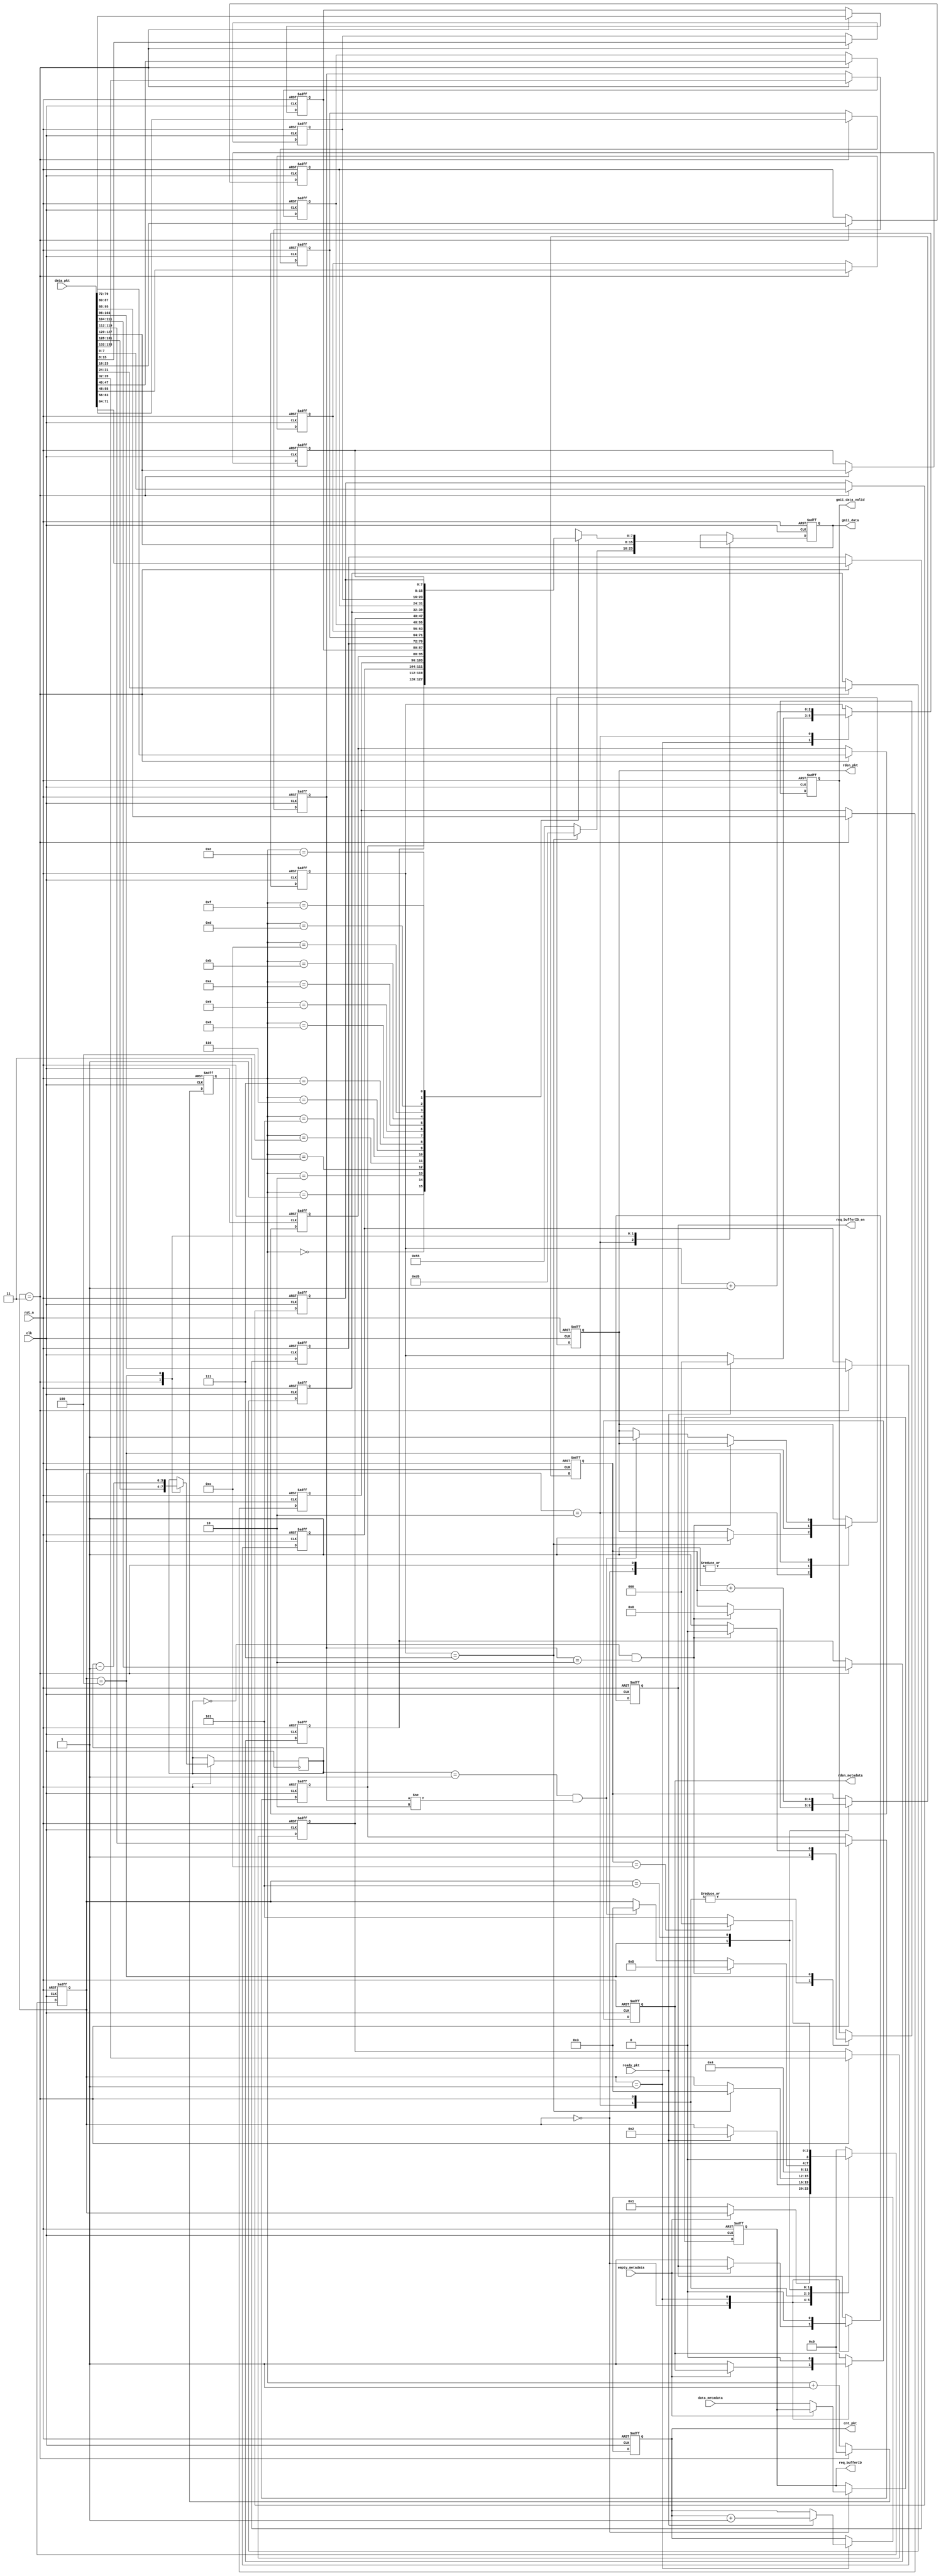
/*
 *  picoTSN_hardware -- Hardware for TSN.
 *
 *  Copyright (C) 2021-2021 Junnan Li <lijunnan@nudt.edu.cn>.
 *  Copyright and related rights are licensed under the MIT license.
 *
 *  Data: 2021.07.26
 *  Description: Divide 134b pkt into sixteen 8b gmii data.
 *  Noted:
 *    1) 134b pkt data definition: 
 *      [133:132] head tag, 2'b01 is head, 2'b10 is tail;
 *      [131:128] valid tag, 4'b1111 means sixteen 8b data is valid;
 *      [127:0]   pkt data, invalid part is padded with 0;
 *    2) req_bufferID_en & rden_pkt & ready_pkt is valid during one cycle;
 */

`timescale 1ns / 1ps

module pkt_134b_to_gmii(
  input                   rst_n,
  input                   clk,
  input                   empty_metadata,
  output  reg             rden_metadata,
  input         [15:0]    data_metadata,
  output  reg             req_bufferID_en,
  output  reg   [15:0]    req_bufferID,
  input                   ready_pkt,
  output  reg             rden_pkt,
  input         [133:0]   data_pkt,
  output  reg   [7:0]     gmii_data,
  output  reg             gmii_data_valid,
  output  reg   [31:0]    cnt_pkt
);

reg   [1:0] head_tag;             //* '01' is head, '10' is tail, '00' is body;
reg   [7:0] pkt_tag[15:0];        //* used to divide;
reg   [3:0] cnt_valid, cnt_gmii;  //* count of 8b data;
reg   [2:0] cnt_pktHead;          //* for '55' & 'd5';
reg   [3:0] state_div;
reg   [4:0] cnt_wait_clk;         //* 20 clk between two pkts;
localparam  IDLE_S          = 4'd0,
            WAIT_PKT_READY_S= 4'd1,
            PAD_PKT_TAG_S   = 4'd2,
            READ_PKT        = 4'd3,
            TRANS_PKT_S     = 4'd4,
            WAIT_S          = 4'd5;

integer i;
always @(posedge clk or negedge rst_n) begin
  if(!rst_n) begin
    gmii_data_valid         <= 1'b0;
    gmii_data               <= 8'b0;
    rden_metadata           <= 1'b0;
    req_bufferID_en         <= 1'b0;
    req_bufferID            <= 16'b0;
    rden_pkt                <= 1'b0;
    
    cnt_pkt                 <= 32'b0;
    cnt_gmii                <= 4'd0;
    cnt_wait_clk            <= 5'b0;
    cnt_pktHead             <= 3'b0;
    head_tag                <= 2'b0;
    for(i=0; i<16; i=i+1) begin
      pkt_tag[i]            <= 8'b0;
    end
    
    state_div               <= IDLE_S;
  end
  else begin
    cnt_gmii                <= 4'd1 + cnt_gmii;
    case(state_div)
      IDLE_S: begin
        rden_pkt            <= 1'b0;
        if(empty_metadata == 1'b0) begin
          rden_metadata     <= 1'b1;
          req_bufferID_en   <= 1'b1;
          req_bufferID      <= data_metadata;
          state_div         <= WAIT_PKT_READY_S;
        end
      end
      WAIT_PKT_READY_S: begin
        req_bufferID_en     <= 1'b0;
        rden_metadata       <= 1'b0;
        if(ready_pkt == 1'b1) begin
          cnt_pktHead       <= 3'b0;
          cnt_pkt           <= cnt_pkt + 32'd1;
          state_div         <= PAD_PKT_TAG_S;
        end
      end
      PAD_PKT_TAG_S: begin
        cnt_pktHead         <= cnt_pktHead + 3'd1;
        if(cnt_pktHead == 3'd7) begin
          gmii_data         <= 8'hd5;
          rden_pkt          <= 1'b1;
          state_div         <= READ_PKT;
        end
        else begin
          gmii_data         <= 8'h55;
        end
        gmii_data_valid     <= 1'b1;
      end
      READ_PKT: begin
        rden_pkt            <= 1'b0;
        {head_tag,cnt_valid,pkt_tag[0],pkt_tag[1],pkt_tag[2],
          pkt_tag[3],pkt_tag[4],pkt_tag[5],pkt_tag[6],pkt_tag[7],
          pkt_tag[8],pkt_tag[9],pkt_tag[10],pkt_tag[11],
          pkt_tag[12],pkt_tag[13],pkt_tag[14],pkt_tag[15]} <= data_pkt;
        cnt_gmii            <= 4'd0;
        
        gmii_data_valid     <= 1'b1;
        gmii_data           <= data_pkt[127:120];
        state_div           <= TRANS_PKT_S;
      end
      TRANS_PKT_S: begin
        (* full_case, parallel_case *)
        case(cnt_gmii)
          4'd0: gmii_data   <= pkt_tag[1];
          4'd1: gmii_data   <= pkt_tag[2];
          4'd2: gmii_data   <= pkt_tag[3];
          4'd3: gmii_data   <= pkt_tag[4];
          4'd4: gmii_data   <= pkt_tag[5];
          4'd5: gmii_data   <= pkt_tag[6];
          4'd6: gmii_data   <= pkt_tag[7];
          4'd7: gmii_data   <= pkt_tag[8];
          4'd8: gmii_data   <= pkt_tag[9];
          4'd9: gmii_data   <= pkt_tag[10];
          4'd10: gmii_data  <= pkt_tag[11];
          4'd11: gmii_data  <= pkt_tag[12];
          4'd12: gmii_data  <= pkt_tag[13];
          4'd13: gmii_data  <= pkt_tag[14];
          4'd14: gmii_data  <= pkt_tag[15];
          4'd15: gmii_data  <= pkt_tag[0];
        endcase
        
        cnt_gmii            <= cnt_gmii + 4'd1;
        cnt_valid           <= cnt_valid - 4'd1;
        gmii_data_valid     <= 1'b1;
        if(cnt_valid == 4'd0 && head_tag == 2'b10) begin
          gmii_data_valid   <= 1'b0;
          cnt_wait_clk      <= 5'd0;
          state_div         <= WAIT_S;
        end
        else if(cnt_valid == 4'd1 && head_tag != 2'b10) begin
          rden_pkt          <= 1'b1;
          state_div         <= READ_PKT;
        end
      end
      WAIT_S: begin
        cnt_wait_clk        <= 5'd1 + cnt_wait_clk;
        if(cnt_wait_clk == 5'd12) state_div <= IDLE_S;
        else                      state_div <= WAIT_S;
      end
      default: begin
        state_div           <= IDLE_S;
      end
    endcase
    
  end
end



//* cnt_pkt for test;
(* mark_debug = "true"*)reg   [31:0]  cnt_meta_pkt2gmii;
(* mark_debug = "true"*)reg   [31:0]  cnt_gmii_pkt2gmii;
(* mark_debug = "true"*)reg   [31:0]  cnt_pktHead_pkt2gmii;
reg temp_gmii_valid;
always @(posedge clk or negedge rst_n) begin
  if(!rst_n) begin
    cnt_meta_pkt2gmii       <= 32'b0;
    cnt_gmii_pkt2gmii       <= 32'b0;
    cnt_pktHead_pkt2gmii    <= 32'b0;
    temp_gmii_valid         <= 1'b0;
  end
  else begin
    if(rden_metadata == 1'b1)
      cnt_meta_pkt2gmii     <= cnt_meta_pkt2gmii + 32'd1;
    temp_gmii_valid         <= gmii_data_valid;
    if(temp_gmii_valid == 1'b1 && gmii_data_valid == 1'b0)
      cnt_gmii_pkt2gmii     <= cnt_gmii_pkt2gmii + 32'd1;
    if(rden_pkt == 1'b1 && data_pkt[133:132] == 2'b01 && gmii_data == 8'hd5)
      cnt_pktHead_pkt2gmii  <= cnt_pktHead_pkt2gmii + 32'd1;
  end
end



endmodule